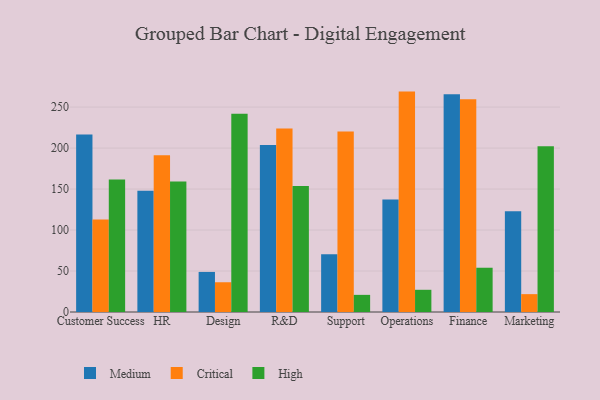
{"axis": {"x": "Department", "y": "Temperature (°C)"}, "legend": ["Critical", "High", "Medium"], "data": [{"x": "Customer Success", "y": 216.5, "type": "Medium"}, {"x": "Customer Success", "y": 113.0, "type": "Critical"}, {"x": "Customer Success", "y": 161.7, "type": "High"}, {"x": "HR", "y": 148.0, "type": "Medium"}, {"x": "HR", "y": 191.2, "type": "Critical"}, {"x": "HR", "y": 159.2, "type": "High"}, {"x": "Design", "y": 48.9, "type": "Medium"}, {"x": "Design", "y": 36.3, "type": "Critical"}, {"x": "Design", "y": 241.8, "type": "High"}, {"x": "R&D", "y": 203.9, "type": "Medium"}, {"x": "R&D", "y": 223.9, "type": "Critical"}, {"x": "R&D", "y": 153.6, "type": "High"}, {"x": "Support", "y": 70.6, "type": "Medium"}, {"x": "Support", "y": 220.1, "type": "Critical"}, {"x": "Support", "y": 20.9, "type": "High"}, {"x": "Operations", "y": 137.3, "type": "Medium"}, {"x": "Operations", "y": 268.9, "type": "Critical"}, {"x": "Operations", "y": 27.1, "type": "High"}, {"x": "Finance", "y": 265.6, "type": "Medium"}, {"x": "Finance", "y": 259.7, "type": "Critical"}, {"x": "Finance", "y": 54.0, "type": "High"}, {"x": "Marketing", "y": 122.9, "type": "Medium"}, {"x": "Marketing", "y": 21.8, "type": "Critical"}, {"x": "Marketing", "y": 202.3, "type": "High"}]}